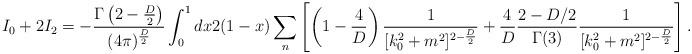
LaTeX: \begin{align*}I_0+2I_2=-\frac{\Gamma\left(2-\frac{D}{2}\right)}{(4\pi)^{\frac{D}{2}}}\int_0^1 dx 2 (1-x)\sum_{n}\left[\left(1-\frac{4}{D}\right )\frac{1}{[k_0^2+m^2]^{2-\frac{D}{2}}}+\frac{4}{D}\frac{2-D/2}{\Gamma(3)}\frac{1}{[k_0^2+m^2]^{2-\frac{D}{2}}}\right].\end{align*}